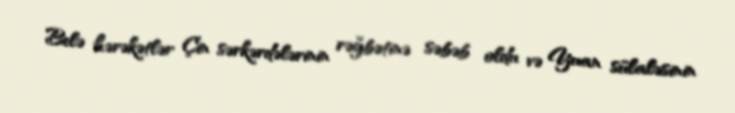
Belə hərəkətlər Çin sərkərdələrinin rəğbətinə səbəb oldu və Yuan sülaləsinin